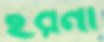
হরনী